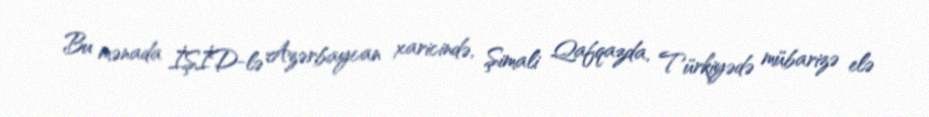
Bu mənada İŞİD-lə Azərbaycan xaricində, Şimali Qafqazda, Türkiyədə mübarizə elə